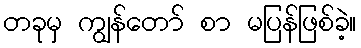
တခုမှ ကျွန်တော် စာ မပြန်ဖြစ်ခဲ့။